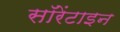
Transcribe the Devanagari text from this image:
सॉरेंटाइन